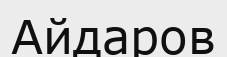
Айдаров